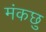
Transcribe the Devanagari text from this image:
मंकछु